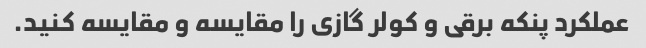
عملکرد پنکه برقی و کولر گازی را مقایسه و مقایسه کنید.